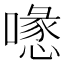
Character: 𠿔